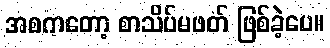
အစကတော့ စာသိပ်မဖတ် ဖြစ်ခဲ့ပေ။